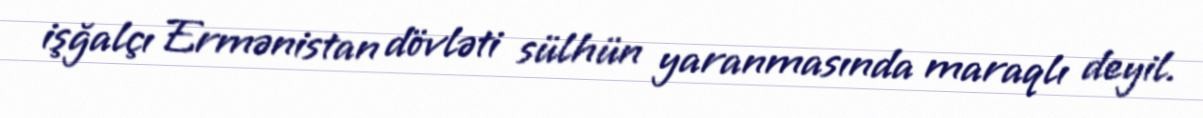
işğalçı Ermənistan dövləti sülhün yaranmasında maraqlı deyil.